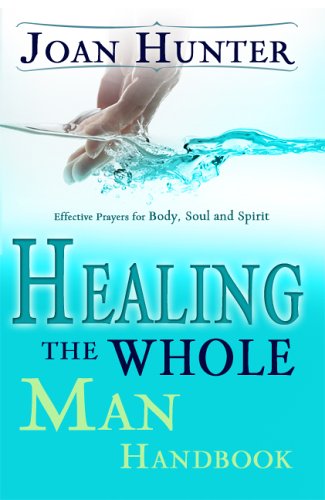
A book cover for Healing The Whole Man Handbook; Joan Hunter; Health, Fitness & Dieting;